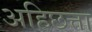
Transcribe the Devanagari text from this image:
अहिछत्ता